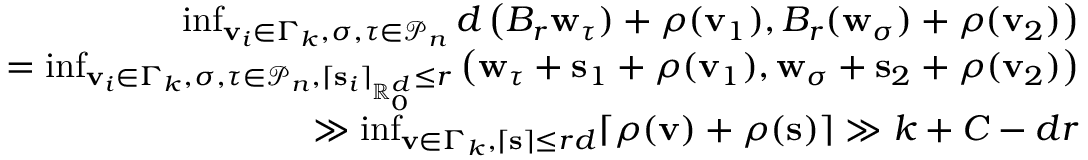
\begin{array} { r } { \operatorname* { i n f } _ { \mathbf { v } _ { i } \in \Gamma _ { k } , \sigma , \tau \in \mathcal { P } _ { n } } d \left( B _ { r } \mathbf { w } _ { \tau } ) + \rho ( \mathbf { v } _ { 1 } ) , B _ { r } ( \mathbf { w } _ { \sigma } ) + \rho ( \mathbf { v } _ { 2 } ) \right) } \\ { = \operatorname* { i n f } _ { \mathbf { v } _ { i } \in \Gamma _ { k } , \sigma , \tau \in \mathcal { P } _ { n } , \lceil \mathbf { s } _ { i } \rceil _ { \mathbb { R } _ { 0 } ^ { d } } \leq r } \left( \mathbf { w } _ { \tau } + \mathbf { s } _ { 1 } + \rho ( \mathbf { v } _ { 1 } ) , \mathbf { w } _ { \sigma } + \mathbf { s } _ { 2 } + \rho ( \mathbf { v } _ { 2 } ) \right) } \\ { \gg \operatorname* { i n f } _ { \mathbf { v } \in \Gamma _ { k } , \lceil \mathbf { s } \rceil \leq r d } \lceil \rho ( \mathbf { v } ) + \rho ( \mathbf { s } ) \rceil \gg k + C - d r } \end{array}